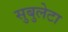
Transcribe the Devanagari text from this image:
सुबुलेटा